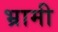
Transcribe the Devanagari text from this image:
भ्रामी